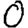
Digit: 0